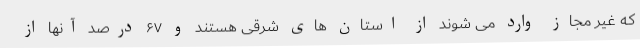
که غیر مجاز وارد می شوند از استان های شرقی هستند و ۶۷ درصد آنها از